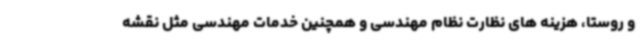
و روستا، هزینه های نظارت نظام مهندسی و همچنین خدمات مهندسی مثل نقشه